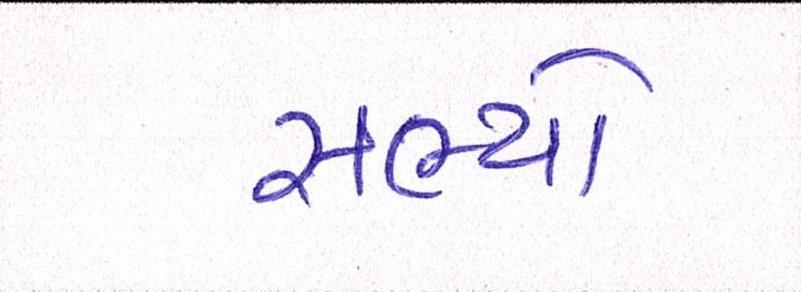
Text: સભ્યો